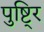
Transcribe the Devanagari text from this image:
पुष्टि्र